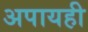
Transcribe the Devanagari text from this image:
अपायही